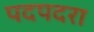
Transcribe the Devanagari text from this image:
पदपदरा